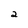
Character: 2